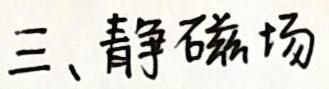
三、静磁场